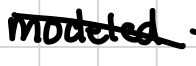
Text: modeled
Cross-out: diagonal
Writing tool: digital_black